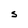
Character: S